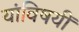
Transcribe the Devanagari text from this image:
यांविषयीं